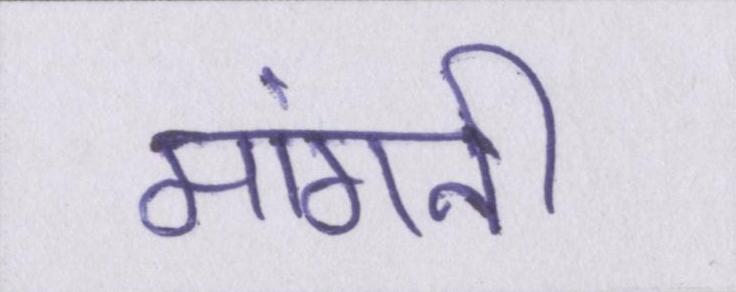
मांगनी